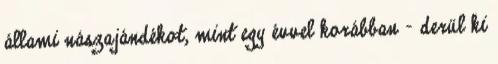
állami nászajándékot, mint egy évvel korábban - derül ki